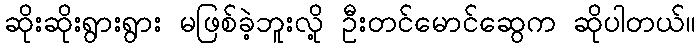
ဆိုးဆိုးရွားရွား မဖြစ်ခဲ့ဘူးလို့ ဦးတင်မောင်ဆွေက ဆိုပါတယ်။